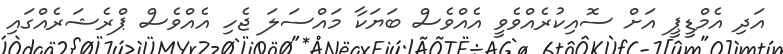
އަދި އެމްޑީޕީ އަށް ސޮއިކުރެއްވެވީ އެއްވެސް ބަޔަކާ މައްސަލަ ޖެހި އެއްވެސް ޕްރެޝަރެއްގައި